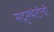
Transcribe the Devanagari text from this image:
सद्गुरुभेटीची